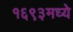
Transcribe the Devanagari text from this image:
१६९३मध्ये